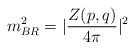
\begin{align*}m_{BR}^2 = \vert \frac{Z(p,q)}{4\pi} \vert^2\end{align*}